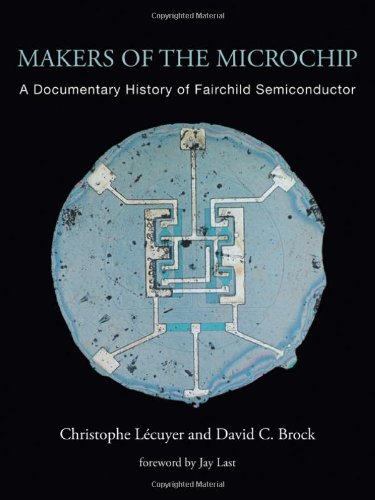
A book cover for Makers of the Microchip: A Documentary History of Fairchild Semiconductor; Christophe LÃ©cuyer; Computers & Technology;